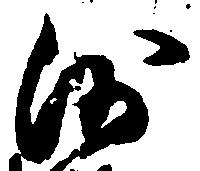
沙